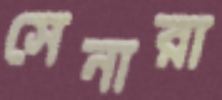
সেনারা